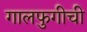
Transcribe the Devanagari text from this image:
गालफुगीची